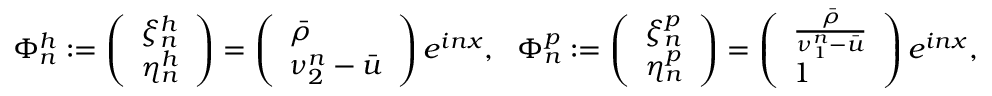
\Phi _ { n } ^ { h } : = \left( \begin{array} { l } { \xi _ { n } ^ { h } } \\ { \eta _ { n } ^ { h } } \end{array} \right) = \left( \begin{array} { l } { \bar { \rho } } \\ { \nu _ { 2 } ^ { n } - \bar { u } } \end{array} \right) e ^ { i n x } , \ \ \Phi _ { n } ^ { p } : = \left( \begin{array} { l } { \xi _ { n } ^ { p } } \\ { \eta _ { n } ^ { p } } \end{array} \right) = \left( \begin{array} { l } { \frac { \bar { \rho } } { \nu _ { 1 } ^ { n } - \bar { u } } } \\ { 1 } \end{array} \right) e ^ { i n x } ,